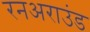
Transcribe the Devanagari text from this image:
रनअराउंड